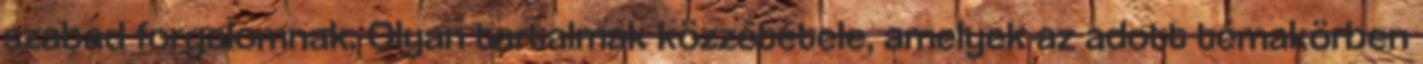
szabad forgalomnak. Olyan tartalmak közzététele, amelyek az adott témakörben